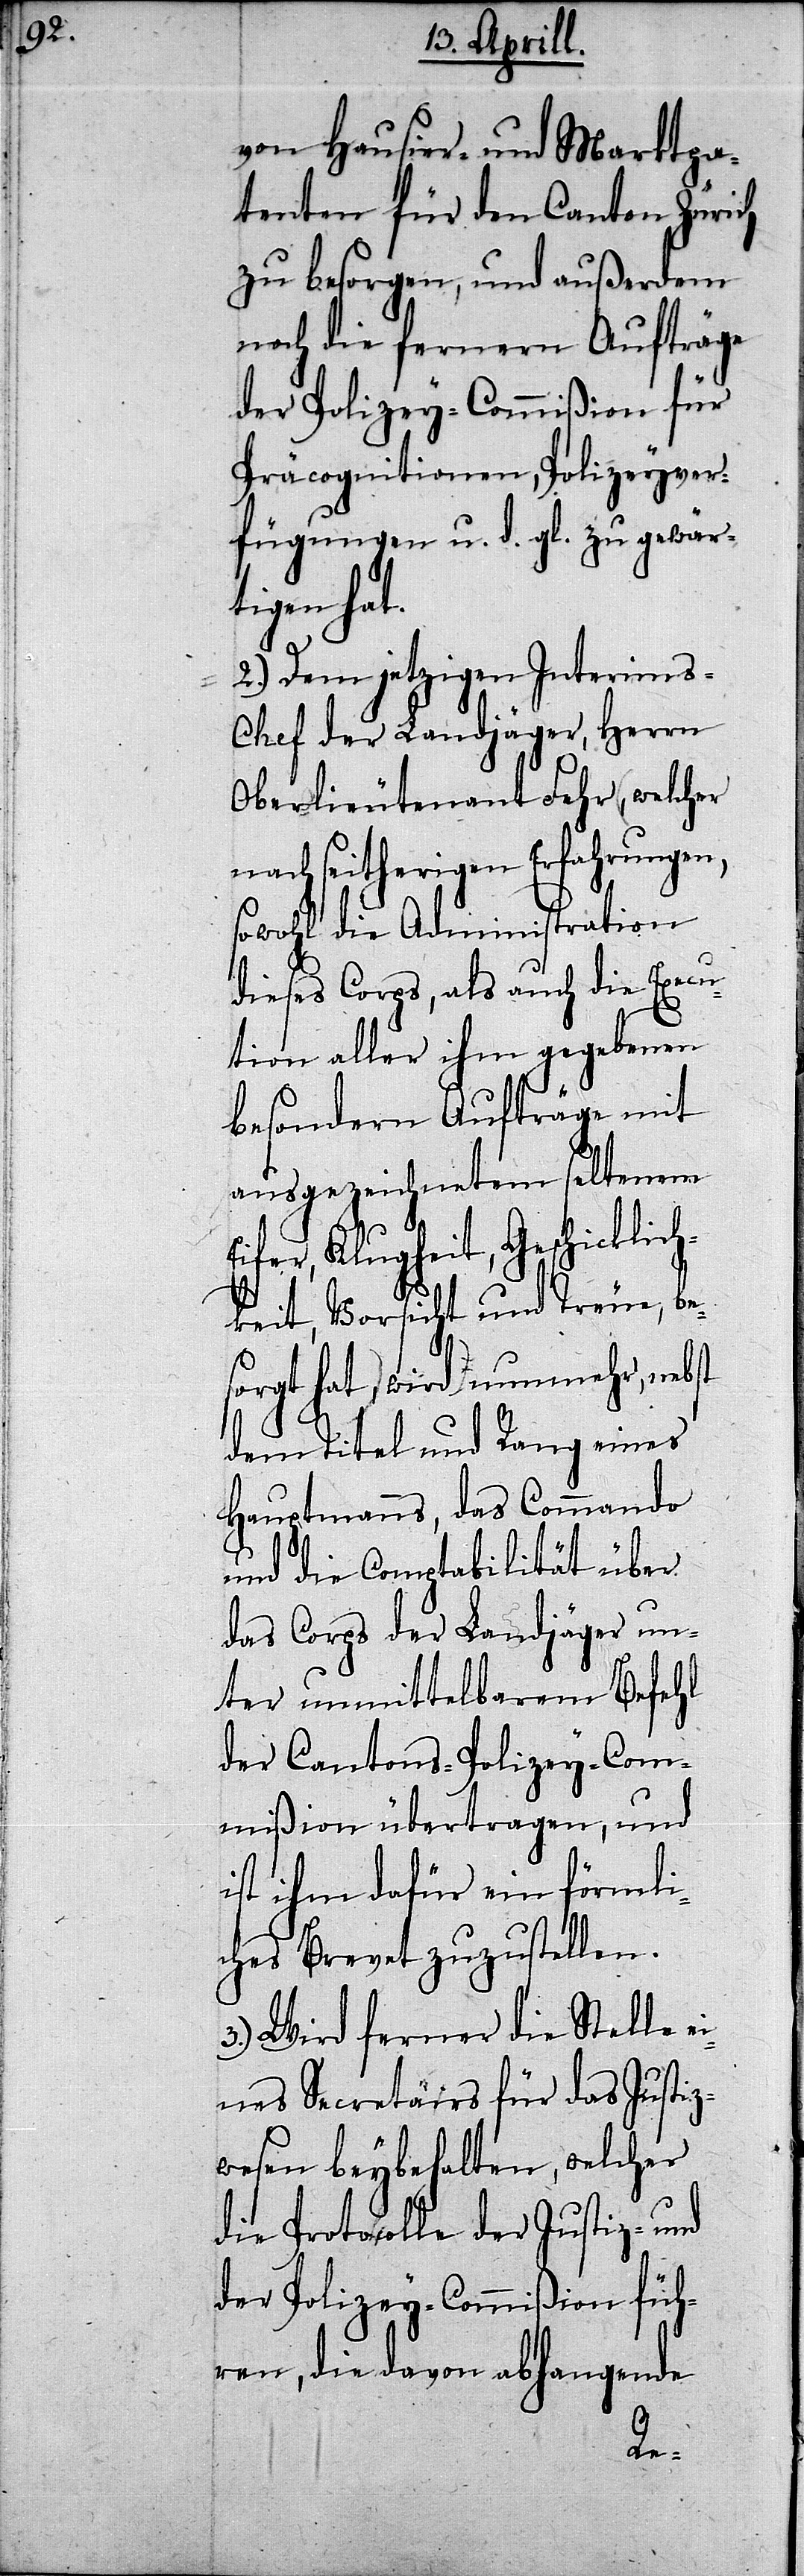
von Hausier- und Marktpa¬
tenten für den Canton Zürich
zu besorgen, und außerdem
noch die fernern Aufträge
der Polizey-Commißion für
Präcognitionen, Polizeyver¬
fügungen u. d. gl. zu gewär¬
tigen hat.
2.) Dem jetzigen Interims-C¬
hef der Landjäger, Herrn
Oberlieutenant Fehr, welcher
nach seitherigen Erfahrungen,
sowohl die Administration
dieses Corps, als auch die Execu¬
tion aller ihm gegebenen
besondern Aufträge mit
ausgezeichnetem seltenem
Eifer, Klugheit, Geschicklic¬
hkeit, Vorsicht und Treue, be¬
sorgt hat, wird nunmehr, nebst
dem Titel und Rang eines
Hauptmanns, das Commando
und die Compabilität über
das Corps der Landjäger un¬
ter unmittelbarem Befehl
der Cantons-Polizey-Com¬
mißion übertragen, und
ist ihm dafür ein förmli¬
ches Brevet zuzustellen.
3.) Wird ferner die Stelle
eines Secretairs für das Justiz¬
wesen beybehalten, welcher
die Protocolle der Justiz- un¬
d Polizey-Commißion füh¬
ren, die davon abhangende